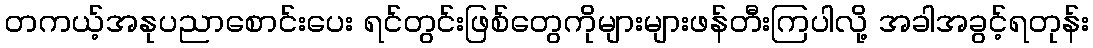
တကယ့်အနုပညာစောင်းပေး ရင်တွင်းဖြစ်တွေကိုများများဖန်တီးကြပါလို့ အခါအခွင့်ရတုန်း